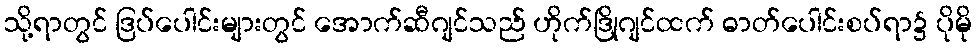
သို့ရာတွင် ဒြပ်ပေါင်းများတွင် အောက်ဆီဂျင်သည် ဟိုက်ဒြိုဂျင်ထက် ဓာတ်ပေါင်းစပ်ရာ၌ ပိုမို